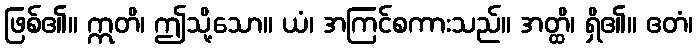
ဖြစ်၏။ ဣတိ၊ ဤသို့သော။ ယံ၊ အကြင်စကားသည်။ အတ္ထိ၊ ရှိ၏။ ဧတံ၊